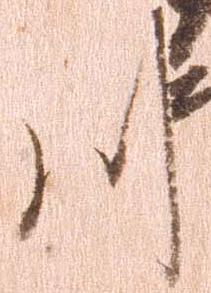
川